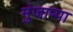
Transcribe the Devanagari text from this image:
मुंजाप्पा